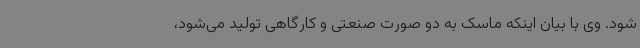
شود. وی با بیان اینکه ماسک به دو صورت صنعتی و کارگاهی تولید می‌شود،